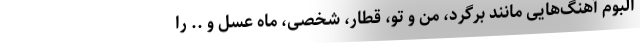
آلبوم آهنگ‌هایی مانند برگرد، من و تو، قطار، شخصی، ماه عسل و .. را